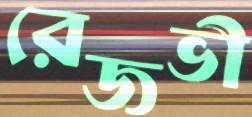
রেজভী